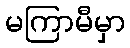
မကြာမီမှာ